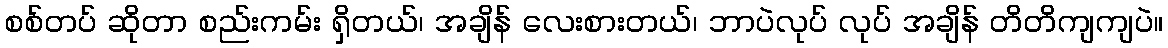
စစ်တပ် ဆိုတာ စည်းကမ်း ရှိတယ်၊ အချိန် လေးစားတယ်၊ ဘာပဲလုပ် လုပ် အချိန် တိတိကျကျပဲ။